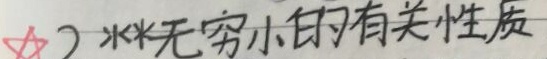
$\bigstar$ 2）**无穷小的有关性质**